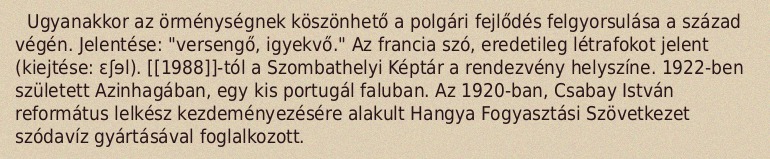
Ugyanakkor az örménységnek köszönhető a polgári fejlődés felgyorsulása a század végén. Jelentése: "versengő, igyekvő." Az francia szó, eredetileg létrafokot jelent (kiejtése: ɛʃɘl). [[1988]]-tól a Szombathelyi Képtár a rendezvény helyszíne. 1922-ben született Azinhagában, egy kis portugál faluban. Az 1920-ban, Csabay István református lelkész kezdeményezésére alakult Hangya Fogyasztási Szövetkezet szódavíz gyártásával foglalkozott.